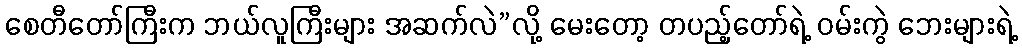
စေတီတော်ကြီးက ဘယ်လူကြီးများ အဆက်လဲ”လို့ မေးတော့ တပည့်တော်ရဲ့ ဝမ်းကွဲ ဘေးများရဲ့